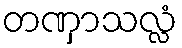
တဏှာသလ္လံ